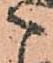
こ